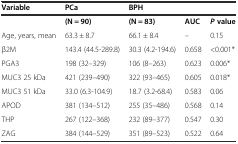
<table><thead><tr><td><b>Variable</b></td><td><b>PCa</b></td><td><b>BPH</b></td><td></td><td></td></tr></thead><tbody><tr><td></td><td><b>(N = 90)</b></td><td><b>(N = 83)</b></td><td><b>AUC</b></td><td><b><i>P</i></b><b>value</b></td></tr><tr><td>Age, years, mean</td><td>63.3 ± 8.7</td><td>66.1 ± 8.4</td><td>–</td><td>0.15</td></tr><tr><td>β2M</td><td>143.4 (44.5-289.8)</td><td>30.3 (4.2-194.6)</td><td>0.658</td><td>&lt;0.001*</td></tr><tr><td>PGA3</td><td>198 (32–329)</td><td>106 (8–263)</td><td>0.623</td><td>0.006*</td></tr><tr><td>MUC3 25 kDa</td><td>421 (239–490)</td><td>322 (93–465)</td><td>0.605</td><td>0.018*</td></tr><tr><td>MUC3 51 kDa</td><td>33.0 (6.3-104.9)</td><td>18.7 (3.2-68.4)</td><td>0.583</td><td>0.06</td></tr><tr><td>APOD</td><td>381 (134–512)</td><td>255 (35–486)</td><td>0.568</td><td>0.14</td></tr><tr><td>THP</td><td>267 (122–368)</td><td>232 (89–377)</td><td>0.547</td><td>0.30</td></tr><tr><td>ZAG</td><td>384 (144–529)</td><td>351 (89–523)</td><td>0.522</td><td>0.64</td></tr></tbody></table>